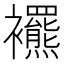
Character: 𧟍